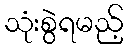
သုံးစွဲရမည့်